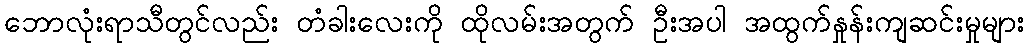
ဘောလုံးရာသီတွင်လည်း တံခါးလေးကို ထိုလမ်းအတွက် ဦးအပါ အထွက်နှုန်းကျဆင်းမှုများ